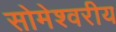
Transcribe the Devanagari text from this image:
सोमेश्वरीय